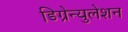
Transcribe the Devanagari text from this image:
डिग्रेन्युलेशन